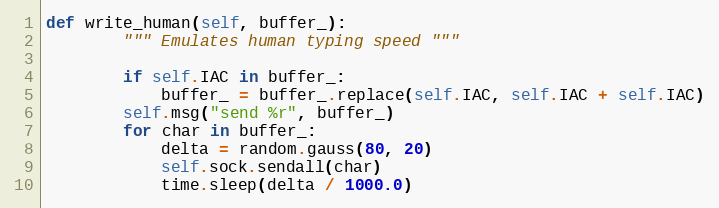
Language: Python
def write_human(self, buffer_):
        """ Emulates human typing speed """

        if self.IAC in buffer_:
            buffer_ = buffer_.replace(self.IAC, self.IAC + self.IAC)
        self.msg("send %r", buffer_)
        for char in buffer_:
            delta = random.gauss(80, 20)
            self.sock.sendall(char)
            time.sleep(delta / 1000.0)